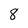
Character: 8